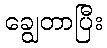
ချွေတာပြီး